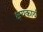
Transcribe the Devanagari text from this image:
क्षयकार्य